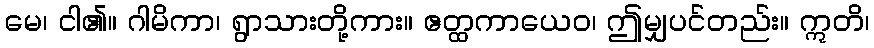
မေ၊ ငါ၏။ ဂါမိကာ၊ ရွာသားတို့ကား။ ဧတ္ထကာယေဝ၊ ဤမျှပင်တည်း။ ဣတိ၊